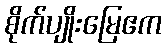
စိုက်ပျိုးမြေဧက